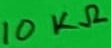
Text: 10KΩ